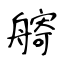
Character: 𦪌